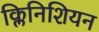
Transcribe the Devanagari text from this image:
क्लिनिशियन